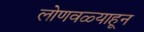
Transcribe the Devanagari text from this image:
लोणवळ्याहून